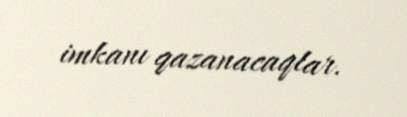
imkanı qazanacaqlar.